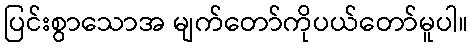
ပြင်းစွာသောအ မျက်တော်ကိုပယ်တော်မူပါ။